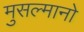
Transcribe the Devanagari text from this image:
मुसल्मानो